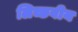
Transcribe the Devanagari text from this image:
लिच्छवीय